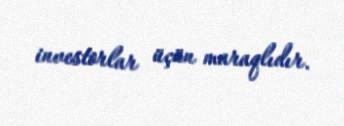
investorlar üçün maraqlıdır.